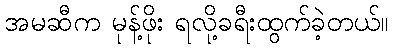
အမဆီက မုန့်ဖိုး ရလို့ခရီးထွက်ခဲ့တယ်။